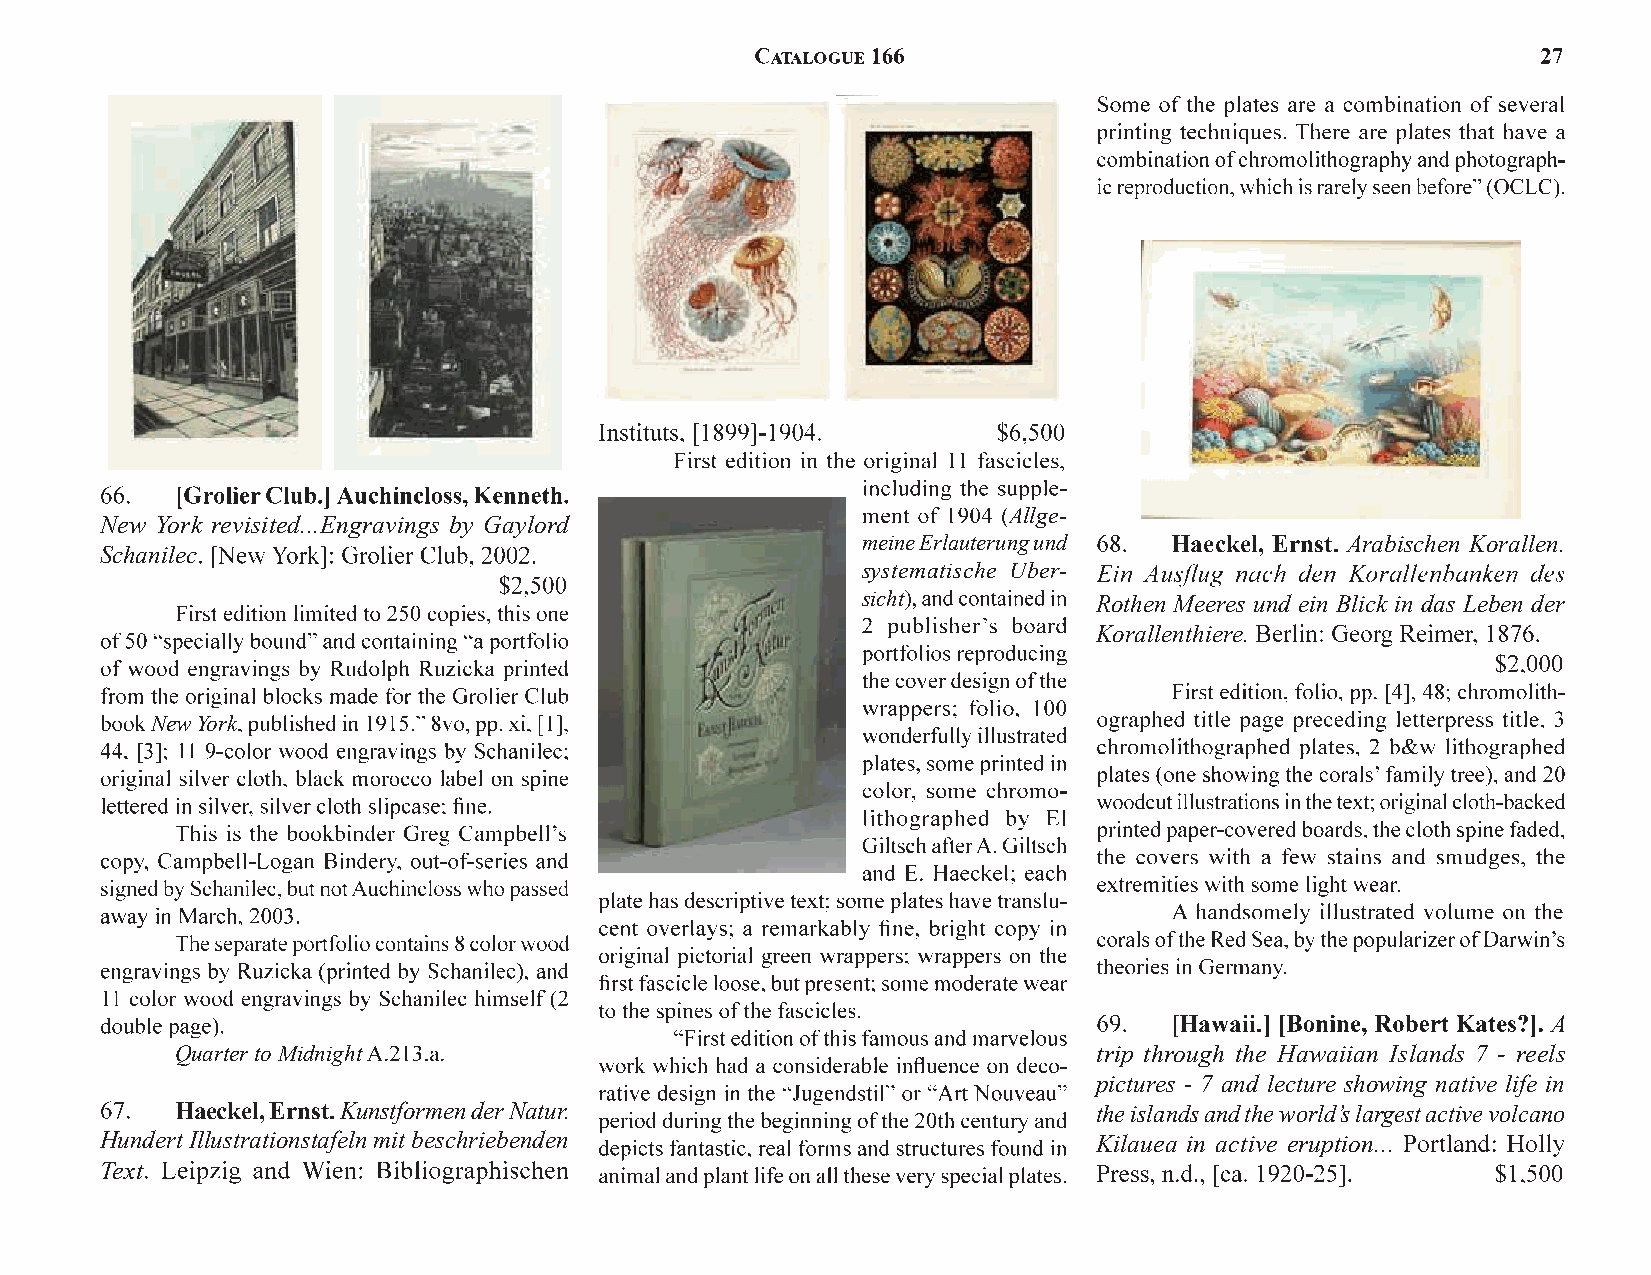
Allge-
 New York revisited...Engravings by Gaylord
 meine Erlauterung und Haeckel, Ernst. Arabischen Korallen.
 Schanilec
 systematische Uber-
 sicht           Rothen Meeres und ein Blick in das Leben der
 Korallenthiere.
 New York
 [Hawaii.]                A
 Quarter to Midnight                                          trip through the Hawaiian Islands 7 - reels
 pictures - 7 and lecture showing native life in
 Haeckel, Ernst.Kunstformen der Natur.                        the islands and the world’s largest active volcano
 Hundert Illustrationstafeln mit beschriebenden                    Kilauea in active eruption...
 Text